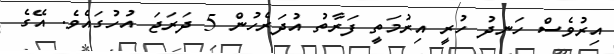
އިރުވެސް ހަނދު ހުރީ އިރުމަތީ ފަރާތު އުދަރެހުން 5 ދަރަޖަ އުހުގައެވެ. އޭގެ